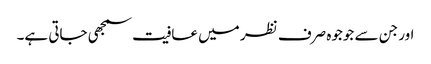
اور جن سے جوجوہ صرف نظر میں عافیت سمجھی جاتی ہے۔